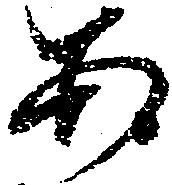
あ